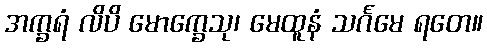
အက္ခရံ လိပိ မောက္ခေသု၊ မေထူနံ သင်္ဂမေ ရတေ။